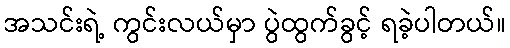
အသင်းရဲ့ ကွင်းလယ်မှာ ပွဲထွက်ခွင့် ရခဲ့ပါတယ်။